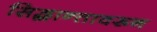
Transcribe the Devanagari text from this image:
सिद्धान्तावरून